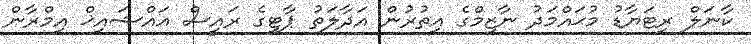
ކާނަލް ރިޓަޔާޑު މުޙައްމަދު ނާޒިމްގެ އިތުރުން އަދާލަތު ޕާޓީގެ ރައީސް އައްޝައިޚް އިމްރާން